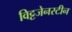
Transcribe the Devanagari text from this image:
विट्टजेनस्टीन